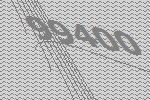
99400